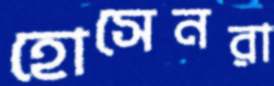
হোসেনরা